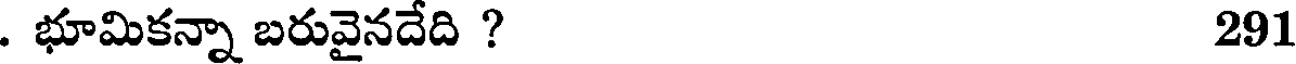
. భూమికన్నా బరువైనదేది ? 291